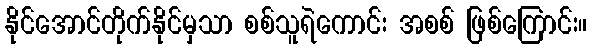
နိုင်အောင်တိုက်နိုင်မှသာ စစ်သူရဲကောင်း အစစ် ဖြစ်ကြောင်း။